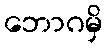
ဘောဂမှိ